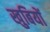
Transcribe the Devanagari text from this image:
खुबियों